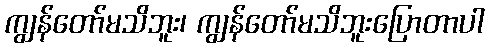
ကျွန်တော်မသိဘူး၊ ကျွန်တော်မသိဘူးပြောတာပါ